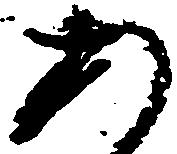
あ